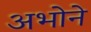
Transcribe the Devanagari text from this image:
अभोने